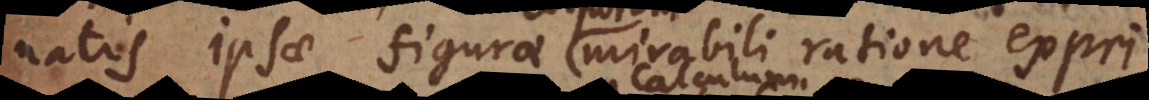
natis ipsae figurae mirabili ratione exprim